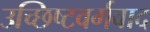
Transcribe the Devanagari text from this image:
उच्छिष्टवर्गवाद